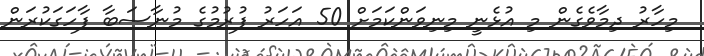
މިހާރު ދިމާވެގެން މި އުޅެނީ މިނިވަންކަމަށް 50 އަހަރު ފުރުމުގެ މުނާސަބާ ފާހަގަކުރަން